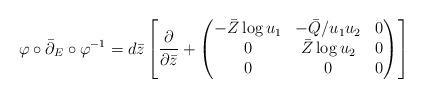
LaTeX: \begin{align*}\varphi\circ\bar\partial_E\circ\varphi^{-1}= d\bar z\left[\frac{\partial}{\partial\bar z} +\begin{pmatrix} -\bar Z\log u_1 & -\bar Q/u_1u_2 & 0\\ 0 & \bar Z\log u_2 & 0\\ 0 & 0 & 0\end{pmatrix}\right]\end{align*}